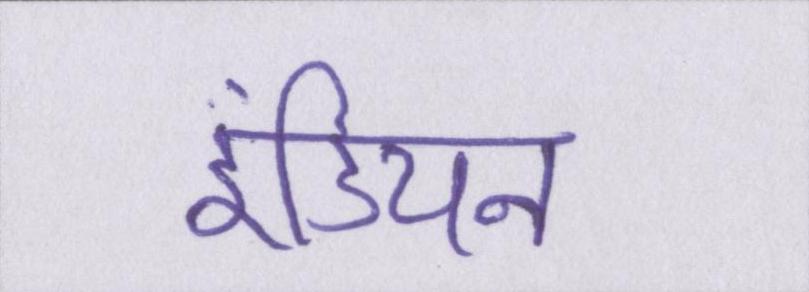
इंडियन